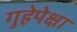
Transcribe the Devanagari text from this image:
गुहेपेक्षा